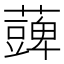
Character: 𮒪